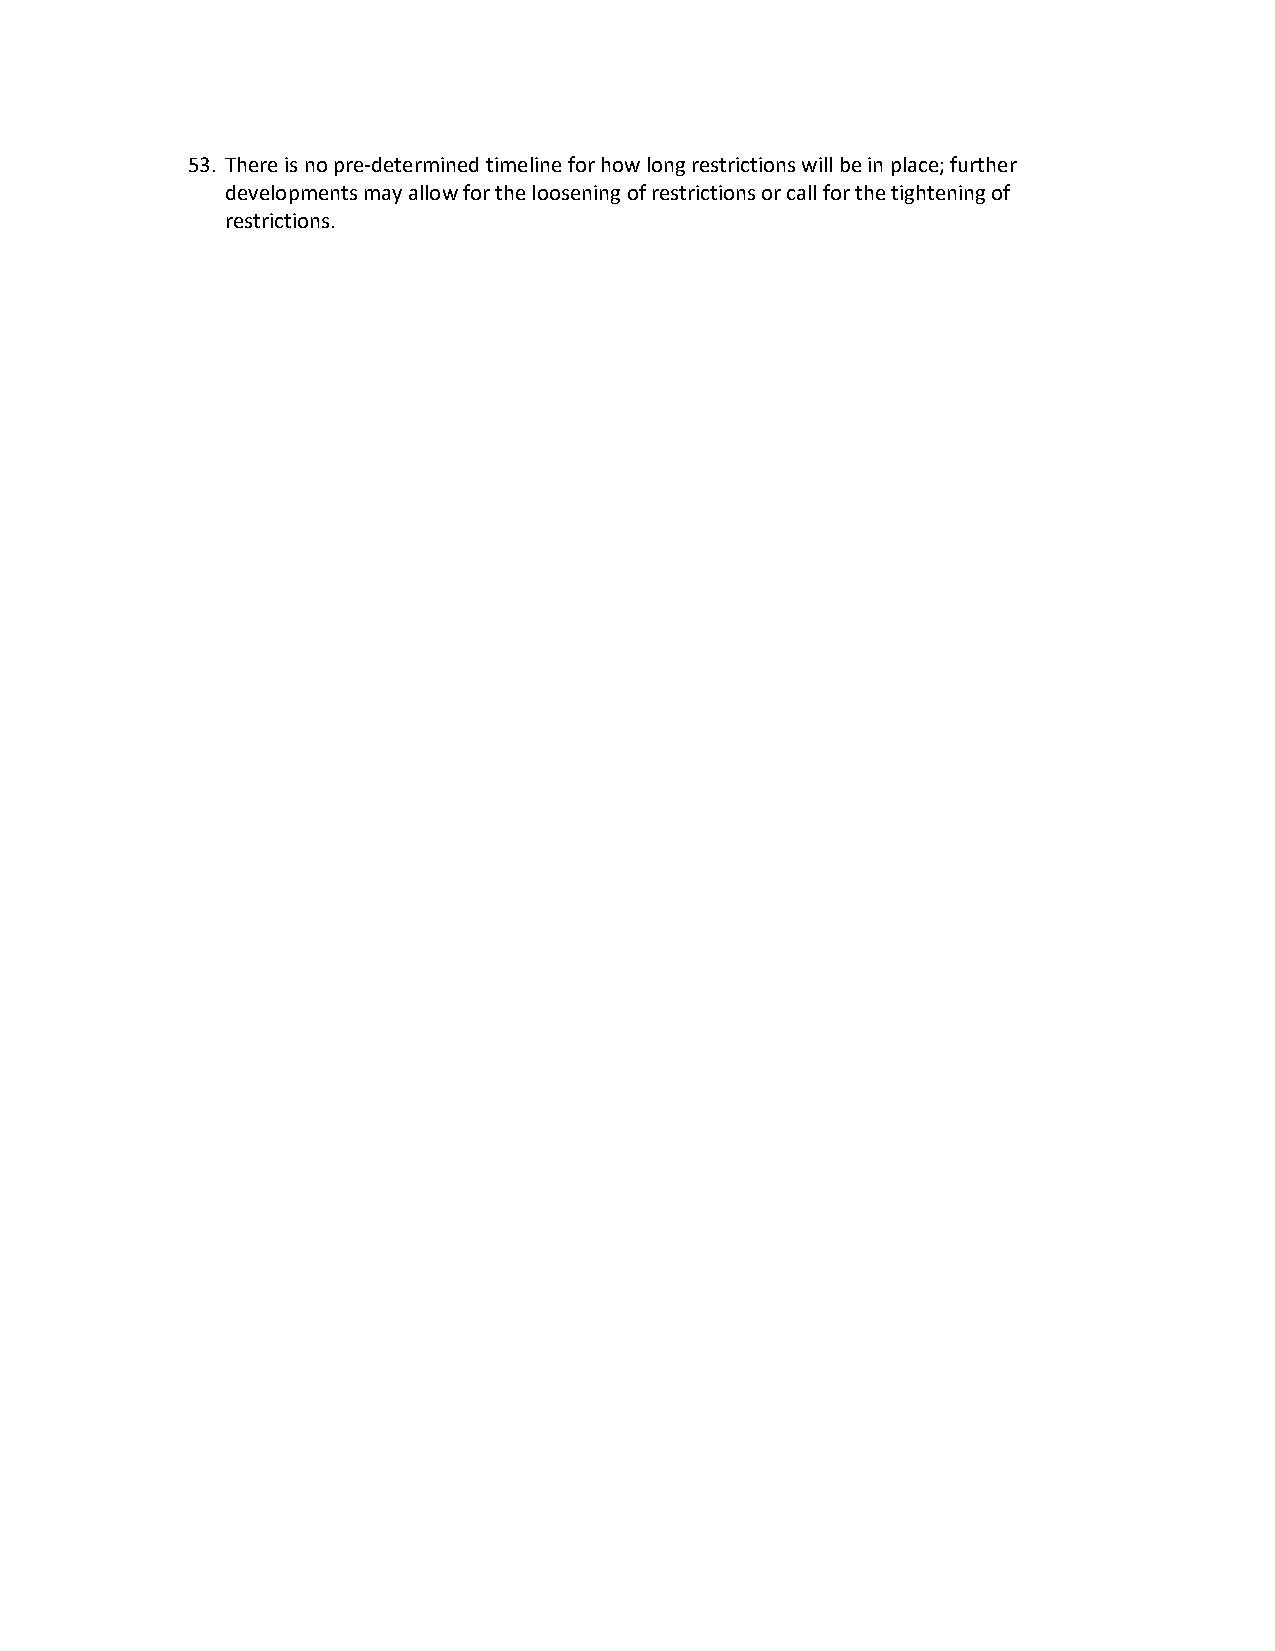
53. There is no pre-determined timeline for how long restrictions will be in place; further
 developments may allow for the loosening of restrictions or call for the tightening of
 restrictions.